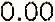
0.00